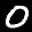
Label: 0